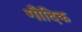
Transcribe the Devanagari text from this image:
गौदिक